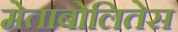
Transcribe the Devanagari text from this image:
मेताबोलितेस